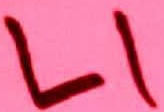
Text: L1